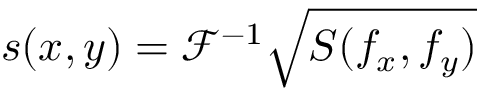
s ( x , y ) = \mathcal { F } ^ { - 1 } { \sqrt { S ( f _ { x } , f _ { y } ) } }